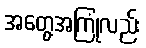
အတွေ့အကြုံလည်း